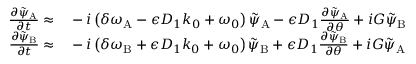
\begin{array} { r l } { \frac { \partial \tilde { \psi } _ { \mathrm { A } } } { \partial t } \approx } & { { } - i \left( \delta \omega _ { \mathrm { A } } - \epsilon D _ { 1 } k _ { 0 } + \omega _ { 0 } \right) \tilde { \psi } _ { \mathrm { A } } - \epsilon D _ { 1 } \frac { \partial \tilde { \psi } _ { \mathrm { A } } } { \partial \theta } + i G \tilde { \psi } _ { \mathrm { B } } } \\ { \frac { \partial \tilde { \psi } _ { \mathrm { B } } } { \partial t } \approx } & { { } - i \left( \delta \omega _ { \mathrm { B } } + \epsilon D _ { 1 } k _ { 0 } + \omega _ { 0 } \right) \tilde { \psi } _ { \mathrm { B } } + \epsilon D _ { 1 } \frac { \partial \tilde { \psi } _ { \mathrm { B } } } { \partial \theta } + i G \tilde { \psi } _ { \mathrm { A } } } \end{array}